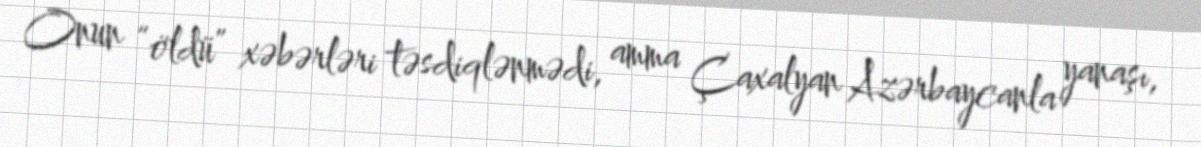
Onun “öldü” xəbərləri təsdiqlənmədi, amma Çaxalyan Azərbaycanla yanaşı,